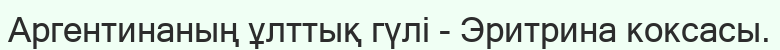
Аргентинаның ұлттық гүлі - Эритрина коксасы.